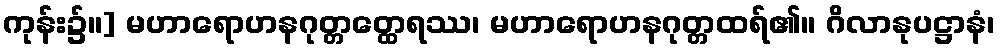
ကုန်း၌။] မဟာရောဟနဂုတ္တတ္ထေရဿ၊ မဟာရောဟနဂုတ္တထရ်၏။ ဂိလာနုပဋ္ဌာနံ၊